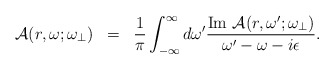
\begin{align*}\begin{array}{rcl}{\cal A}(r,\omega;\omega_{\bot})&=&\displaystyle \frac{1}{\pi}\int_{-\infty}^{\infty}d\omega^{\prime}\frac{{\rm Im}~{\cal A}(r,\omega^{\prime};\omega_{\bot})}{\omega^{\prime}-\omega-i\epsilon}. \end{array}\end{align*}